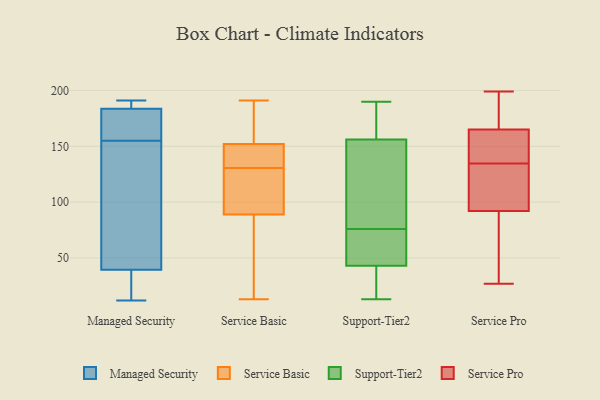
{"axis": {"x": "Revenue (USD Million)", "y": "Value"}, "legend": ["Managed Security", "Service Basic", "Service Pro", "Support-Tier2"], "data": [{"x": "", "y": 186, "type": "Managed Security"}, {"x": "", "y": 56, "type": "Managed Security"}, {"x": "", "y": 120, "type": "Managed Security"}, {"x": "", "y": 157, "type": "Managed Security"}, {"x": "", "y": 180, "type": "Managed Security"}, {"x": "", "y": 155, "type": "Managed Security"}, {"x": "", "y": 12, "type": "Managed Security"}, {"x": "", "y": 20, "type": "Managed Security"}, {"x": "", "y": 191, "type": "Managed Security"}, {"x": "", "y": 185, "type": "Managed Security"}, {"x": "", "y": 34, "type": "Managed Security"}, {"x": "", "y": 144, "type": "Service Basic"}, {"x": "", "y": 20, "type": "Service Basic"}, {"x": "", "y": 149, "type": "Service Basic"}, {"x": "", "y": 89, "type": "Service Basic"}, {"x": "", "y": 178, "type": "Service Basic"}, {"x": "", "y": 128, "type": "Service Basic"}, {"x": "", "y": 170, "type": "Service Basic"}, {"x": "", "y": 133, "type": "Service Basic"}, {"x": "", "y": 117, "type": "Service Basic"}, {"x": "", "y": 152, "type": "Service Basic"}, {"x": "", "y": 17, "type": "Service Basic"}, {"x": "", "y": 180, "type": "Service Basic"}, {"x": "", "y": 99, "type": "Service Basic"}, {"x": "", "y": 142, "type": "Service Basic"}, {"x": "", "y": 191, "type": "Service Basic"}, {"x": "", "y": 50, "type": "Service Basic"}, {"x": "", "y": 101, "type": "Service Basic"}, {"x": "", "y": 13, "type": "Service Basic"}, {"x": "", "y": 69, "type": "Support-Tier2"}, {"x": "", "y": 13, "type": "Support-Tier2"}, {"x": "", "y": 83, "type": "Support-Tier2"}, {"x": "", "y": 66, "type": "Support-Tier2"}, {"x": "", "y": 156, "type": "Support-Tier2"}, {"x": "", "y": 14, "type": "Support-Tier2"}, {"x": "", "y": 190, "type": "Support-Tier2"}, {"x": "", "y": 43, "type": "Support-Tier2"}, {"x": "", "y": 165, "type": "Support-Tier2"}, {"x": "", "y": 94, "type": "Support-Tier2"}, {"x": "", "y": 27, "type": "Service Pro"}, {"x": "", "y": 92, "type": "Service Pro"}, {"x": "", "y": 199, "type": "Service Pro"}, {"x": "", "y": 180, "type": "Service Pro"}, {"x": "", "y": 45, "type": "Service Pro"}, {"x": "", "y": 165, "type": "Service Pro"}, {"x": "", "y": 131, "type": "Service Pro"}, {"x": "", "y": 137, "type": "Service Pro"}, {"x": "", "y": 132, "type": "Service Pro"}, {"x": "", "y": 165, "type": "Service Pro"}, {"x": "", "y": 188, "type": "Service Pro"}, {"x": "", "y": 153, "type": "Service Pro"}, {"x": "", "y": 57, "type": "Service Pro"}, {"x": "", "y": 30, "type": "Service Pro"}, {"x": "", "y": 131, "type": "Service Pro"}, {"x": "", "y": 176, "type": "Service Pro"}, {"x": "", "y": 113, "type": "Service Pro"}, {"x": "", "y": 158, "type": "Service Pro"}]}